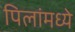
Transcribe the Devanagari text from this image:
पिलांमध्ये